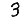
Digit: 3